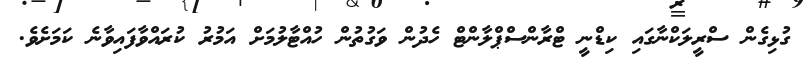
ގުޅިގެން ސްރީލަކްނާގައި ކިޑްނީ ޓްރާންސްޕްލާންޓް ހެދުން ވަގުތުން ހުއްޓާލުމަށް އަމުރު ކުރައްވާފައިވާނެ ކަމަށެވެ.